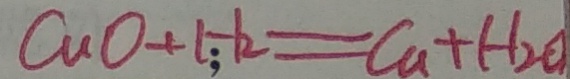
C _ { 1 } O + H _ { 2 } = C u + H _ { 2 } O